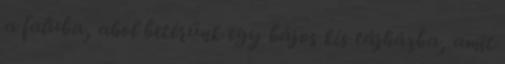
a faluba, ahol betérünk egy bájos kis tájházba, amit